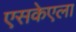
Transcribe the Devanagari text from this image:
एसकेएला